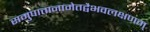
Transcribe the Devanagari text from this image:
समुपात्तानामेतद्वैभवलक्षणम्